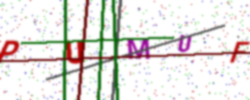
Text: PUMUF